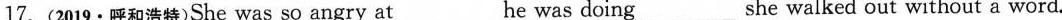
17. (2019 · 呼和浩特)She was so angry at___he was doing___she walked out without a word.